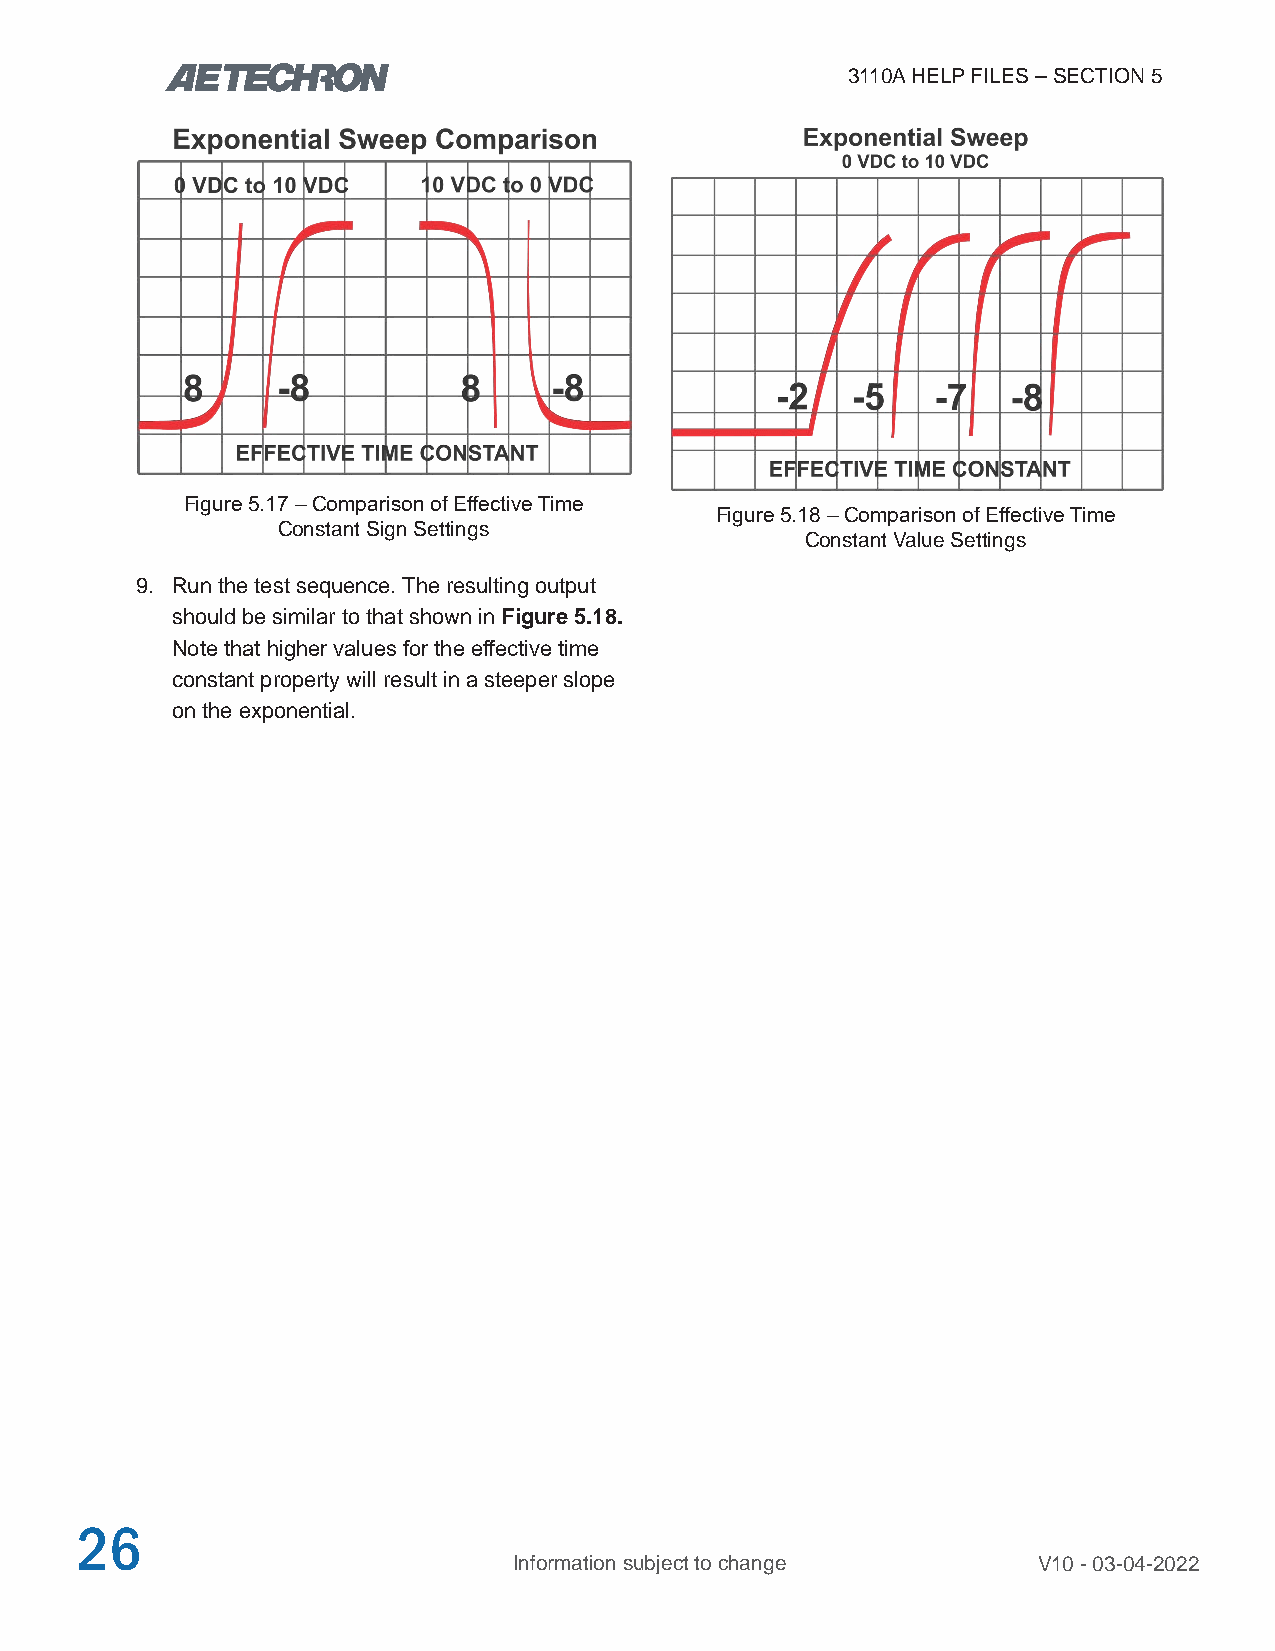
3110A HELP FILES – SECTION 5
 Figure 5.17 – Comparison of Effective Time
 Figure 5.18 – Comparison of Effective Time
 Constant Sign Settings
 Constant Value Settings
 9. Run the test sequence. The resulting output
 should be similar to that shown in Figure 5.18.
 Note that higher values for the effective time
 constant property will result in a steeper slope
 on the exponential.
 26
 Information subject to change      V10 - 03-04-2022